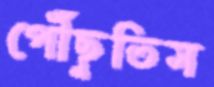
পৌঁছুতিস